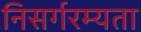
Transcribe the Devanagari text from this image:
निसर्गरम्यता